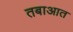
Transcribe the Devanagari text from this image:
तबाआत